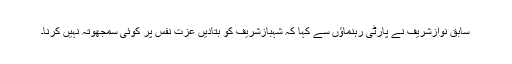
سابق نوازشریف نے پارٹی رہنماؤں سے کہا کہ شہبازشریف کو بتادیں عزت نفس پر کوئی سمجھوتہ نہیں کرنا۔